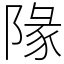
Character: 䧘